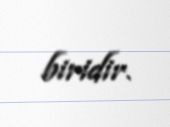
biridir.